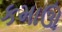
કમાઊ